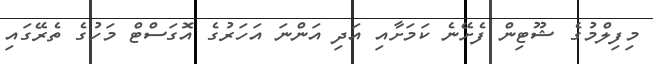
މިފިލްމުގެ ޝޫޓިން ފެށޭނެ ކަމަށާއި އަދި އަންނަ އަހަރުގެ އޮގަސްޓް މަހުގެ ތެރޭގައި